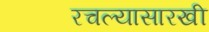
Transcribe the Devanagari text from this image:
रचल्यासारखी